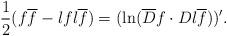
LaTeX: \begin{align*}{1\over 2}(f\overline f-\l {f}{} \l {\overline f}{})=(\ln ( \overline D f\cdot D \l {\overline f}{}))'.\end{align*}